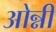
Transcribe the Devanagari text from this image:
ओन्नी